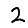
Digit: 2